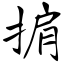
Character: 掮